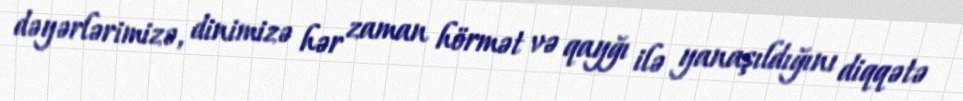
dəyərlərimizə, dinimizə hər zaman hörmət və qayğı ilə yanaşıldığını diqqətə